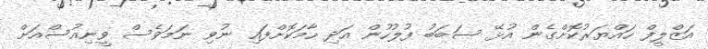
އަޒްލީފް ހައްޔަރުކޮށްގެން އުޅޭ ސަބަބު ފުލުހުން އަދި ހާމަކޮށްފައި ނުވި ނަމަވެސް ވީނިއުސްއަށް